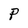
Character: P